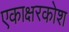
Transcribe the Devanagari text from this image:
एकाक्षरकोश